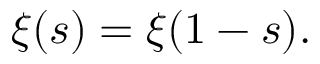
\xi ( s ) = \xi ( 1 - s ) .